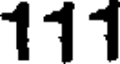
111